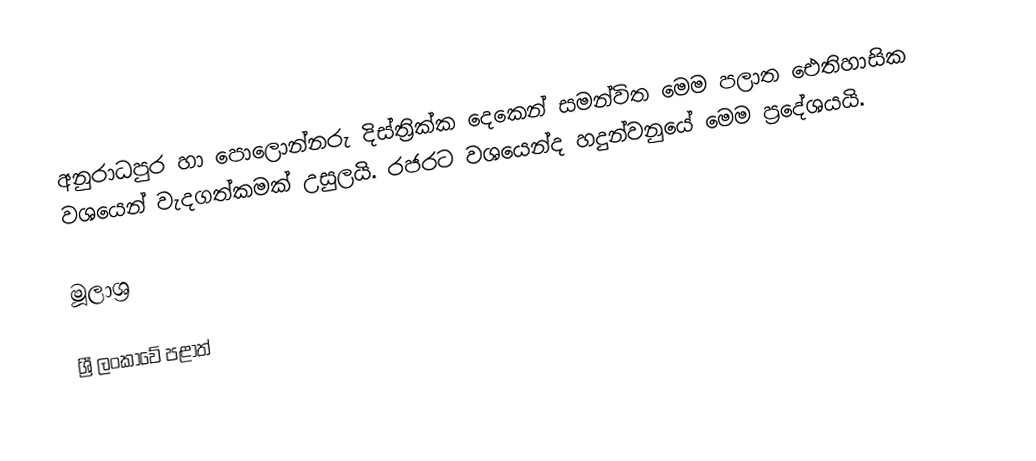
අනුරාධපුර හා පොලොන්නරු දිස්ත්‍රික්ක දෙකෙන් සමන්විත මෙම පලාත ඓතිහාසික වශයෙන් වැදගත්කමක් උසුලයි.  රජරට වශයෙන්ද හදුන්වනුයේ මෙම ප්‍රදේශයයි.

මූලාශ්‍ර

ශ්‍රී ලංකාවේ පළාත්